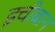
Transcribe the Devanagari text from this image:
इचीबान